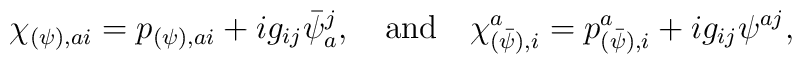
\chi_{(\psi), ai} =  p_{(\psi), ai} + ig_{ij}\bar \psi_a^j ,\quad \hbox{and}\quad \chi^a_{(\bar \psi), i} = p^a_{(\bar \psi), i} + ig_{ij} \psi^{aj} ,